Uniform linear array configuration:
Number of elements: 48
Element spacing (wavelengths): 0.75
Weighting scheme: cosine
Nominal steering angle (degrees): -60
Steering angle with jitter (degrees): -59.051
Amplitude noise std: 0.05
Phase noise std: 0.05

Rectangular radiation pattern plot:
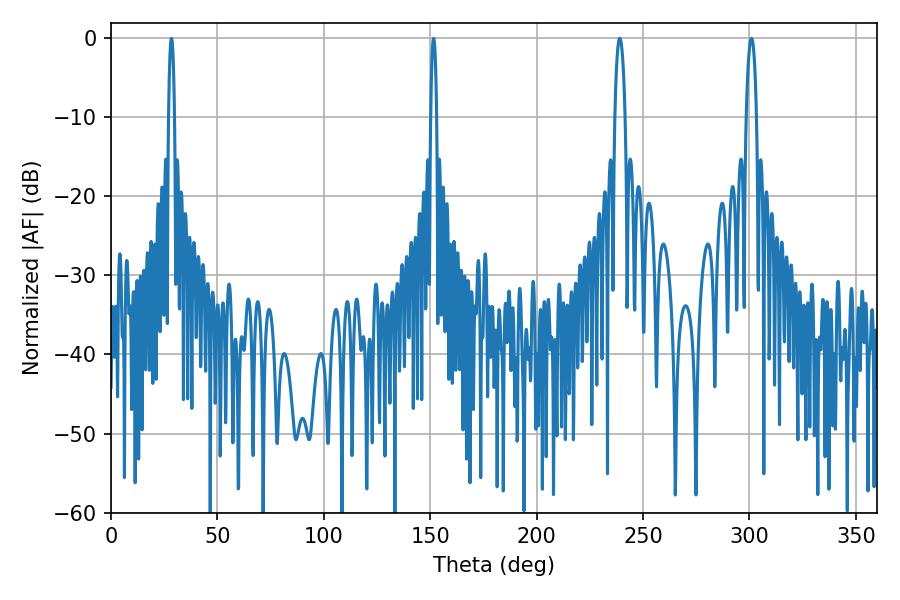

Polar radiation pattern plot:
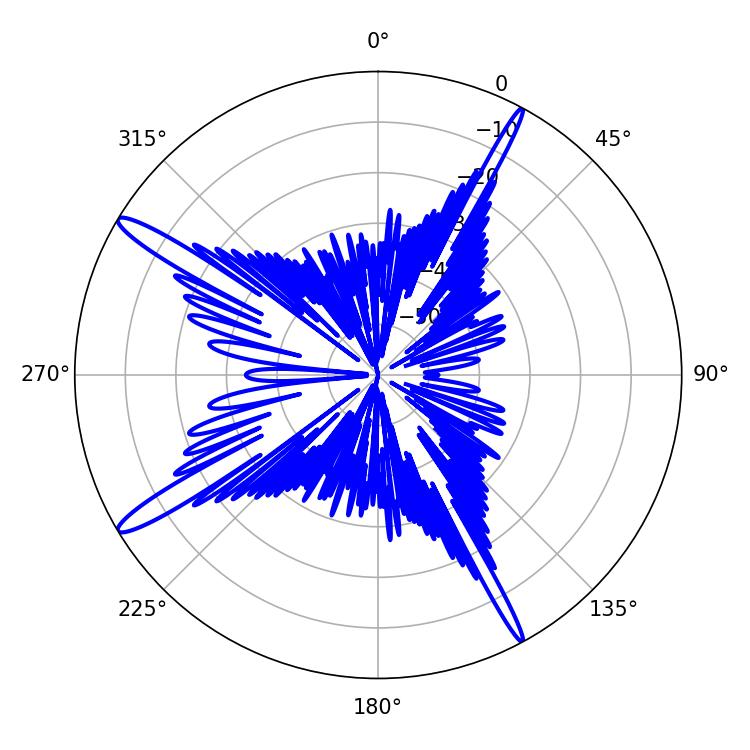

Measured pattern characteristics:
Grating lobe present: TRUE
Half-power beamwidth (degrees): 2.7
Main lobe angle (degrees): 239.04